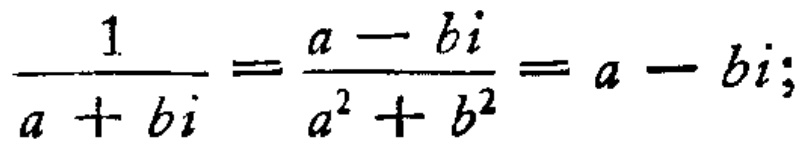
$\frac{1}{a + bi}=\frac{a - bi}{a^{2}+b^{2}}=a - bi;$